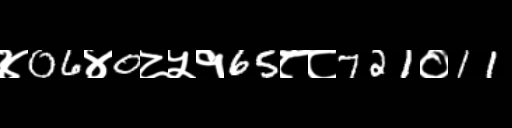
Text: ४06४0८५१65८८721०11